Indian journal of veterinary science and animal husbandry - Volume 13,
Year: 1943
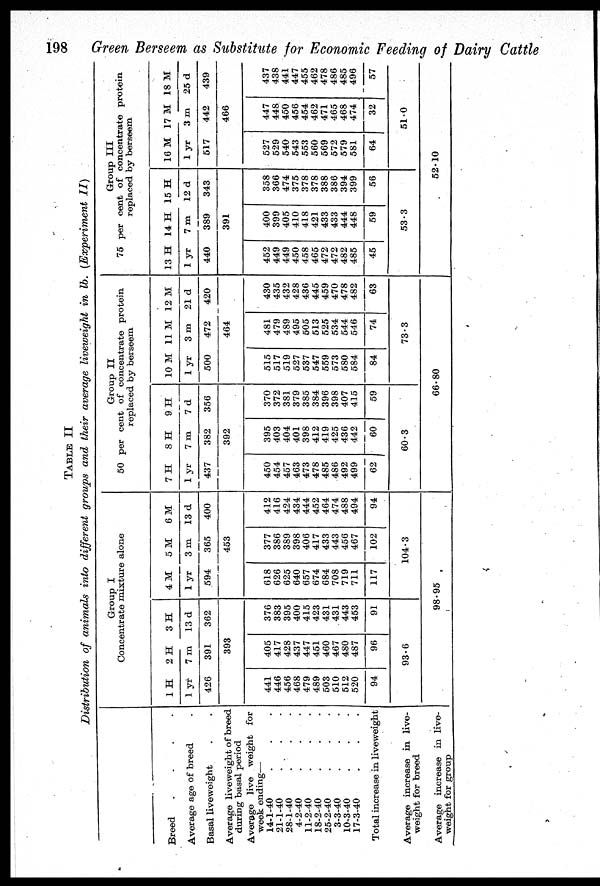
198
Green Berseem as Substitute for Economic Feeding of Dairy Cattle
TABLE II
Distribution of animals into different groups and their average liveweight in lb. (Experiment
II)
Breed
.
.
.
.
Average age of breed .
Basal liveweight . .
Average liveweight of breed
during basal period
Average live weight for
week ending—
4-1-40 . . .
21-1-40 . . .
28-1-40 . . .
4-2-40 . . .
11-2-40 . . .
18-2-40 . . .
25-2-40 . . .
3-3-40 . . .
10-3-40 . . .
17-3-40 . . .
Total increase in liveweight
Average increase in live-
weight for breed
Average increase in live-
weight for group
Group I
Concentrate mixture alone
1 H
1 yr
426
441
446
456
468
479
489
503
510
512
520
94
2 H
7 m
391
393
405
417
428
437
447
451
460
467
480
487
96
3 H
13 d
362
376
383
395
400
415
423
431
431
443
453
91
93.6
4 M
1 yr
594
618
626
625
640
657
674
684
708
719
711
117
5 M
3 m
365
453
377
386
389
398
406
417
433
443
456
467
102
6 M
13 d
400
412
416
424
434
444
452
464
474
488
494
94
104.3
98.95
Group II
50 per cent of concentrate protein
replaced by berseem
7 H
1 yr
437
450
454
457
463
473
478
485
486
492
499
62
8 H
7 m
382
392
395
403
404
401
398
412
419
425
436
442
60
9 H
7 d
356
370
372
381
379
385
384
396
398
407
415
59
60.3
10 M
1 yr
500
515
517
519
527
537
547
559
573
580
584
84
11 M
3 m
472
464
481
479
489
495
505
513
525
534
544
546
74
12 M
21 d
420
430
435
432
428
436
445
459
470
478
482
63
73.3
66.80
Group III
75 per cent of concentrate protein
replaced by berseem
13 H
1 yr
440
452
449
449
450
458
465
472
472
482
485
45
14 H
7 m
389
391
400
399
405
410
418
421
433
433
444
448
59
15 H
12 d
343
358
366
474
375
378
378
388
386
394
399
56
53.3
16 M
1 yr
517
527
529
540
543
553
560
569
572
579
581
64
17 M
3 m
442
466
447
448
450
456
454
462
471
465
468
474
32
18 M
25 d
439
437
438
441
447
455
462
478
486
485
496
57
51.0
52.10